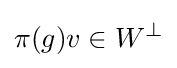
\pi (g)v\in W^{\bot }